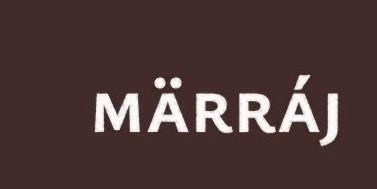
märráj